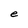
Character: e